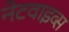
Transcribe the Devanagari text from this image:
नेटवाइव्स